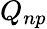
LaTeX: Q_{np}